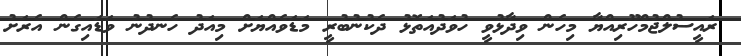
ރައީސުލްޖުމްހޫރިއްޔާ މިހެން ވިދާޅުވީ ހުވަދުއަތޮޅު ދެކުނުބުރީ މަޑަވެއްޔަށް މިއަދު ހެނދުނު ވަޑައިގެން އެރަށު